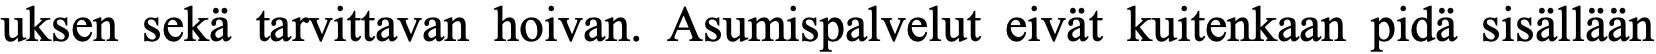
uksen sekä tarvittavan hoivan. Asumispalvelut eivät kuitenkaan pidä sisällään